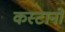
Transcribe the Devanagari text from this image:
कस्टानो